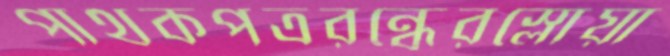
পাথকপত্ররন্ধ্রেরস্লোয়া